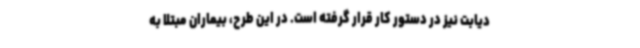
دیابت نیز در دستور کار قرار گرفته است. در این طرح، بیماران مبتلا به